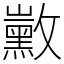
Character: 𪑛